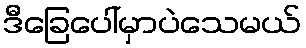
ဒီခြေပေါ်မှာပဲသေမယ်